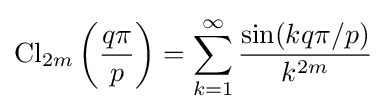
\operatorname {Cl} _{2m}\left({\frac {q\pi }{p}}\right)=\sum _{k=1}^{\infty }{\frac {\sin(kq\pi /p)}{k^{2m}}}